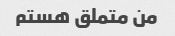
من متملق هستم